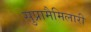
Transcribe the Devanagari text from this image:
सुप्रामैमिलारी